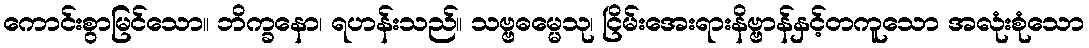
ကောင်းစွာမြင်သော။ ဘိက္ခနော၊ ရဟန်းသည်။ သဗ္ဗဓမ္မေသု၊ ငြိမ်းအေးရားနိဗ္ဗာန်နှင့်တကူသော အလုံးစုံသော